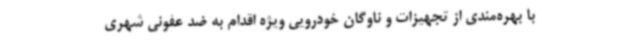
با بهره‌مندی از تجهیزات و ناوگان خودرویی ویژه اقدام به ضد عفونی شهری